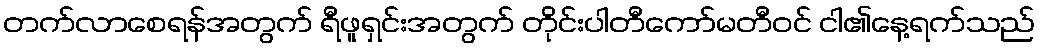
တက်လာစေရန်အတွက် ရီဖူရှင်းအတွက် တိုင်းပါတီကော်မတီဝင် ငါ၏နေ့ရက်သည်